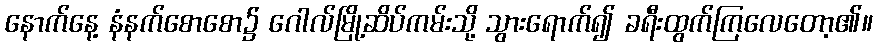
နောက်နေ့ နံနက်စောစော၌ ဂေါလ်မြို့ဆိပ်ကမ်းသို့ သွားရောက်၍ ခရီးထွက်ကြလေတော့၏။